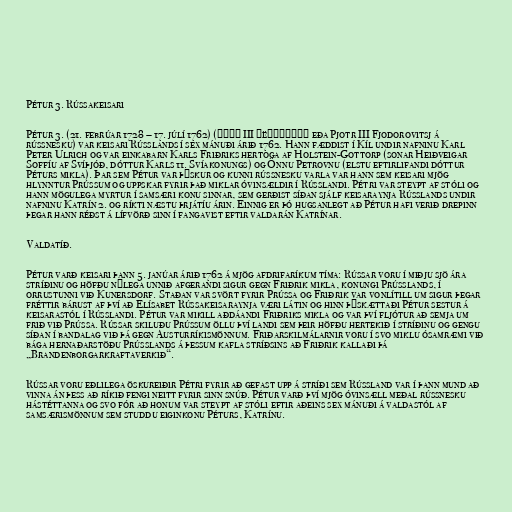
Pétur 3. Rússakeisari

Pétur 3. (21. febrúar 1728 – 17. júlí 1762) (Пётр III Фëдорович eða Pjotr III Fjodorovitsj á
rússnesku) var keisari Rússlands í sex mánuði árið 1762. Hann fæddist í Kíl undir nafninu Karl
Peter Ulrich og var einkabarn Karls Friðriks hertoga af Holstein-Gottorp (sonar Heiðveigar
Soffíu af Svíþjóð, dóttur Karls 11. Svíakonungs) og Önnu Petrovnu (elstu eftirlifandi dóttur
Péturs mikla). Þar sem Pétur var þýskur og kunni rússnesku varla var hann sem keisari mjög
hlynntur Prússum og uppskar fyrir það miklar óvinsældir í Rússlandi. Pétri var steypt af stóli og
hann mögulega myrtur í samsæri konu sinnar, sem gerðist síðan sjálf keisaraynja Rússlands undir
nafninu Katrín 2. og ríkti næstu þrjátíu árin. Einnig er þó hugsanlegt að Pétur hafi verið drepinn
þegar hann réðst á lífvörð sinn í fangavist eftir valdarán Katrínar.

Valdatíð.

Pétur varð keisari þann 5. janúar árið 1762 á mjög afdrifaríkum tíma: Rússar voru í miðju sjö ára
stríðinu og höfðu nýlega unnið afgerandi sigur gegn Friðrik mikla, konungi Prússlands, í
orrustunni við Kunersdorf. Staðan var svört fyrir Prússa og Friðrik var vonlítill um sigur þegar
fréttir bárust af því að Elísabet Rússakeisaraynja væri látin og hinn þýskættaði Pétur sestur á
keisarastól í Rússlandi. Pétur var mikill aðdáandi Friðriks mikla og var því fljótur að semja um
frið við Prússa. Rússar skiluðu Prússum öllu því landi sem þeir höfðu hertekið í stríðinu og gengu
síðan í bandalag við þá gegn Austurríkismönnum. Friðarskilmálarnir voru í svo miklu ósamræmi við
bága hernaðarstöðu Prússlands á þessum kafla stríðsins að Friðrik kallaði þá
„Brandenborgarkraftaverkið“.

Rússar voru eðlilega öskureiðir Pétri fyrir að gefast upp á stríði sem Rússland var í þann mund að
vinna án þess að ríkið fengi neitt fyrir sinn snúð. Pétur varð því mjög óvinsæll meðal rússnesku
hástéttanna og svo fór að honum var steypt af stóli eftir aðeins sex mánuði á valdastól af
samsærismönnum sem studdu eiginkonu Péturs, Katrínu.